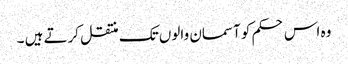
وہ اس حکم کو آسمان والوں تک منتقل کرتے ہیں ۔